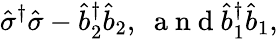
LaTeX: \hat{\sigma}^{\dagger}\hat{\sigma}-\hat{b}_{2}^{\dagger}\hat{b}_{2},\mathrm{~\ a~n~d~}\hat{b}_{1}^{\dagger}\hat{b}_{1},